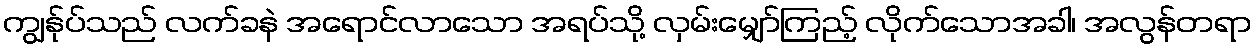
ကျွန်ုပ်သည် လက်ခနဲ အရောင်လာသော အရပ်သို့ လှမ်းမျှော်ကြည့် လိုက်သောအခါ၊ အလွန်တရာ